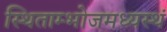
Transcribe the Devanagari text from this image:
स्थिताम्भोजमध्यस्थं